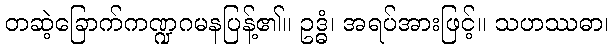
တဆဲ့ခြောက်ကဏ္ဍဂမနပြန့်၏။ ဥဒ္ဓံ၊ အရပ်အားဖြင့်။ သဟဿဓာ၊